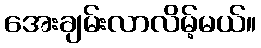
အေးချမ်းလာလိမ့်မယ်။